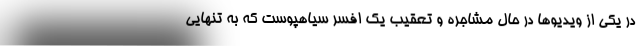
در یکی از ویدیوها در حال مشاجره و تعقیب یک افسر سیاهپوست که به تنهایی